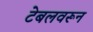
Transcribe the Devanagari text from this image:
टेबलवरून